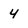
Character: 4